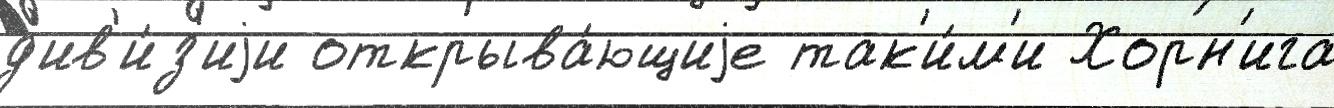
д'ив'и́з'иjи открыва́ющиjе так'и́м'и Хорн'ига